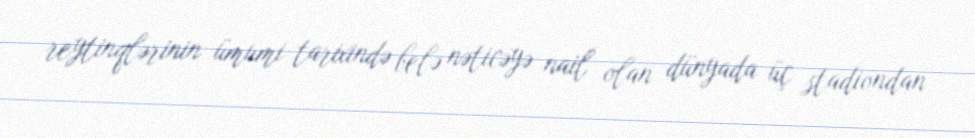
reytinqlərinin ümumi tarixində belə nəticəyə nail olan dünyada üç stadiondan